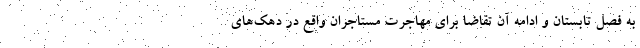
به فصل تابستان و ادامه آن تقاضا برای مهاجرت مستاجران واقع در دهک‌‌های